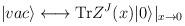
LaTeX: \begin{align*}|vac\rangle \longleftrightarrow {\rm Tr} Z^J(x)|0\rangle|_{x\to 0}\end{align*}